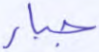
جبار